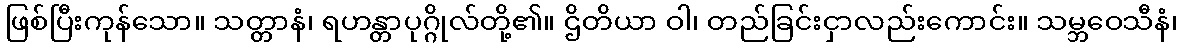
ဖြစ်ပြီးကုန်သော။ သတ္တာနံ၊ ရဟန္တာပုဂ္ဂိုလ်တို့၏။ ဌိတိယာ ဝါ၊ တည်ခြင်းငှာလည်းကောင်း။ သမ္ဘဝေသီနံ၊